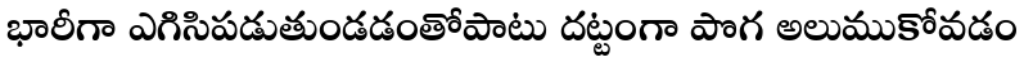
భారీగా ఎగిసిపడుతుండడంతోపాటు దట్టంగా పొగ అలుముకోవడం